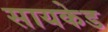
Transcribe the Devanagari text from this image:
सायकेड